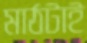
মাঠটাই